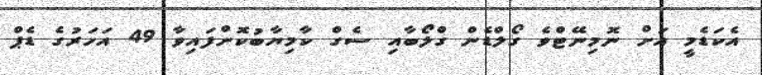
އެކަޑެމީ އަށް ނޮމިނޭޓްވެ ގޯލްޑެން ގްލޯބާއި ސެގް ކާމިޔާބުކޮށްފައިވާ 49 އަހަރުގެ ޑެޕް